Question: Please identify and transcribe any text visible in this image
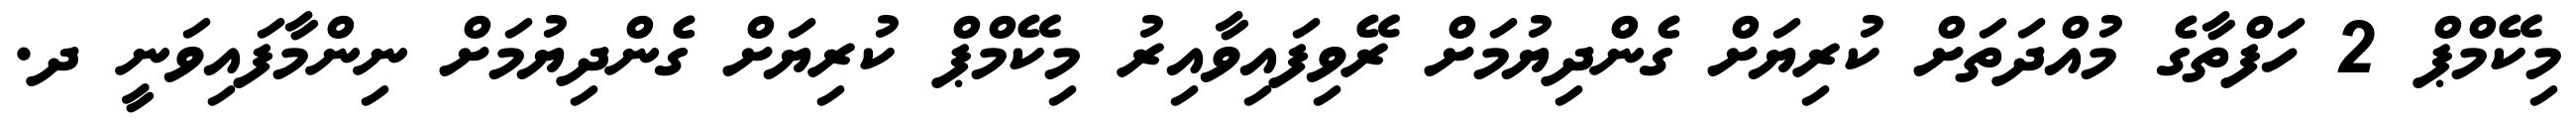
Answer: މިކޭމްޕް 2 ހަފްތާގެ މުއްދަތަށް ކުރިޔަށް ގެންދިޔުމަށް ރޭވިފައިވާއިރު މިކޭމްޕް ކުރިޔަށް ގެންދިޔުމަށް ނިންމާފައިވަނީ ދ.